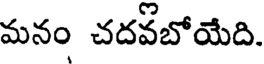
మనం చదవబోయేది.